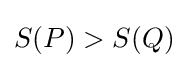
S(P)>S(Q)